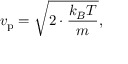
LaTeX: v _ { \mathrm { p } } = { \sqrt { 2 \cdot { \frac { k _ { B } T } { m } } } } ,